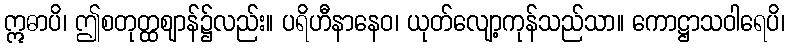
ဣဓာပိ၊ ဤစတုတ္ထဈာန်၌လည်း။ ပရိဟီနာနေဝ၊ ယုတ်လျော့ကုန်သည်သာ။ ကောဋ္ဌာသဝါရေပိ၊